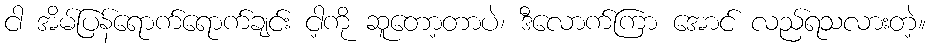
ငါ အိမ်ပြန်ရောက်ရောက်ချင်း ငါ့ကို ဆူတော့တာပဲ၊ ဒီလောက်ကြာ အောင် လည်ရသလားတဲ့။